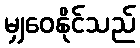
မျှဝေနိုင်သည်